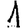
Digit: 1